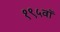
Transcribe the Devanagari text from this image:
१९५वॉ